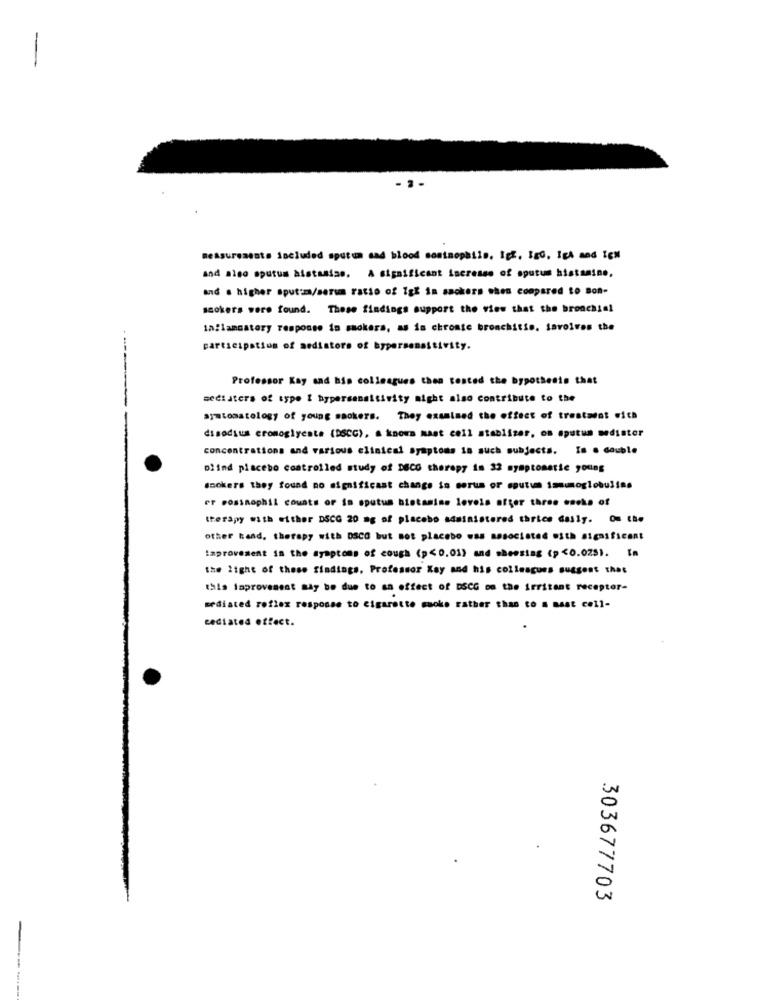
measurements included sputum and blood costaophile, ich, Igo, Ich and ICH
and also sputum àlstasiss. A significant increase of sputum histamine,
and . higher sput:m/serim ratio of 1gE in smokers shes compared to Bon-
ssokers were found. These findings support the view that the bronchial
Inflammatory response in suckers, as is chromte bronchitis. lavolves the
participation of sedistors of hypersensitivity.
Professor Kay sad his colleagues then tested the bypothesis that
sediaters of type I hypersensitivity might also contribute to the
aymtomatology of young saokers. They examined the effect of trestaest .ich
disodium cromoglyeste (DSCC), a known mast cell stablizer, on sputun medister
concentrations and various clinical symptoms is such subjects. Is . double
blind placebo controlled study of DSCG therapy in 32 symptomatic young
smokers they found no significant change is eorum or sputum immunoglobuline
er rosinophil counts of in sputum histamine loveis after three oseks of
therapy with either DSCG 20 mg of placebo administered thrice daily. Om the
other hand, therapy with DSCG but not placebo was associated with significant
improvement in the symptoms of cough (p<0,01) and sheesing (p<0.029). In
the light of these findings. Professor Kay and his colleagues suggest that
this improvement may be due to sa effect of DSCG om the irritant receptor-
mediated reflex response to cigarette mucke rather than to a mast cell-
cediated effect.
303677703